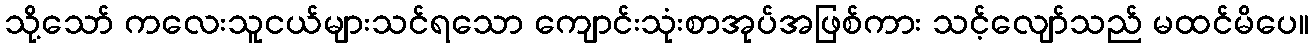
သို့သော် ကလေးသူငယ်များသင်ရသော ကျောင်းသုံးစာအုပ်အဖြစ်ကား သင့်လျော်သည် မထင်မိပေ။